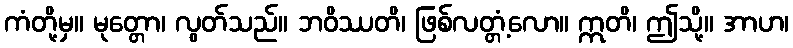
ကံတို့မှ။ မုတ္တော၊ လွတ်သည်။ ဘဝိဿတိ၊ ဖြစ်လတ္တံ့လော။ ဣတိ၊ ဤသို့။ အာဟ၊